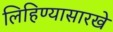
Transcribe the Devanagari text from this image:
लिहिण्यासारखे